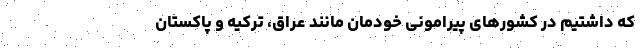
که داشتیم در کشورهای پیرامونی خودمان مانند عراق، ترکیه و پاکستان